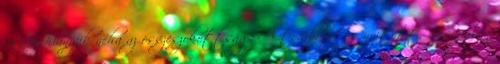
vissza, hiányzik néha az összeszokottság. A továbbjutás nyitott, Boszniában